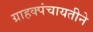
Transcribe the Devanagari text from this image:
ग्राहक्पंचायतीने